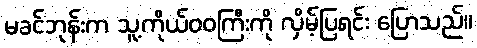
မခင်ဘုန်းက သူ့ကိုယ်ဝဝကြီးကို လှိမ့်ပြရင်း ပြောသည်။